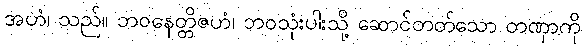
အဟံ၊ သည်။ ဘဝနေတ္တိဇဟံ၊ ဘဝသုံးပါးသို့ ဆောင်တတ်သော တဏှာကို